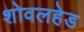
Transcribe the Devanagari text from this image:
शोवलहेड